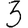
Digit: 3